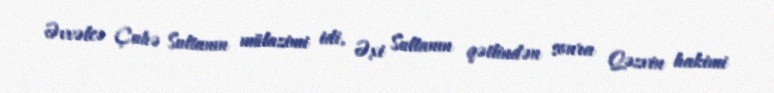
Əvvəlcə Çuhə Sultanın mülazimi idi, Əxi Sultanın qətlindən sonra Qəzvin hakimi